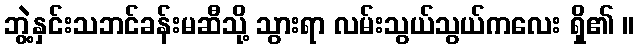
ဘွဲ့နှင်းသဘင်ခန်းမဆီသို့ သွားရာ လမ်းသွယ်သွယ်ကလေး ရှိ၏ ။